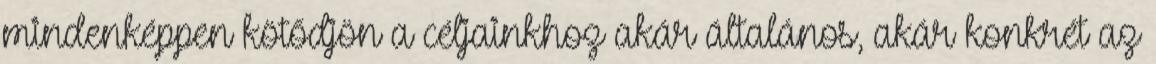
mindenképpen kötődjön a céljainkhoz akár általános, akár konkrét az